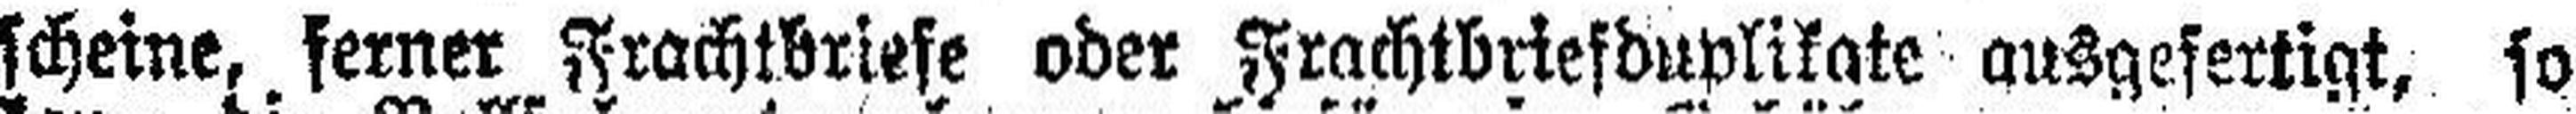
scheine, ferner Frachtbriefe oder Frachtbriefduplikate ausgefertigt, so